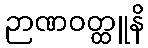
ဉာဏဝတ္ထူနိ